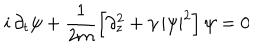
i \, \partial _ { t } \psi + \frac { 1 } { 2 m } \left[ \partial _ { z } ^ { 2 } + \gamma \, | \psi | ^ { 2 } \right] \psi = 0